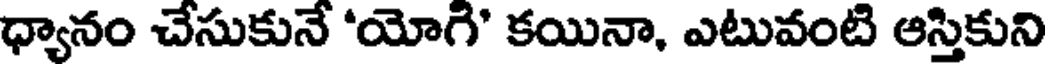
ధ్యానం చేసుకునే 'యోగి' కయినా, ఎటువంటి ఆస్తికుని